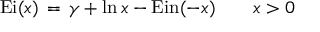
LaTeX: \operatorname { E i } ( x ) \, = \, \gamma + \ln x - \operatorname { E i n } ( - x ) \qquad x > 0